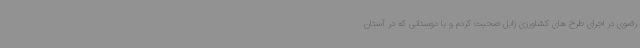
رضوی در اجرای طرح های کشاورزی زابل صحبت کردم و با دوستانی که در آستان